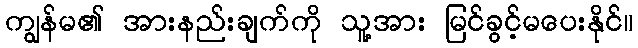
ကျွန်မ၏ အားနည်းချက်ကို သူ့အား မြင်ခွင့်မပေးနိုင်။